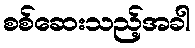
စစ်ဆေးသည့်အခါ